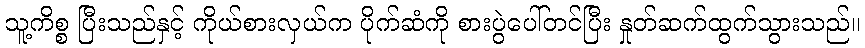
သူ့ကိစ္စ ပြီးသည်နှင့် ကိုယ်စားလှယ်က ပိုက်ဆံကို စားပွဲပေါ်တင်ပြီး နှုတ်ဆက်ထွက်သွားသည်။